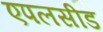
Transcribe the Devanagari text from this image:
एपलसीड